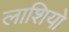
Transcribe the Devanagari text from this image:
लाशियो